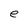
Character: e